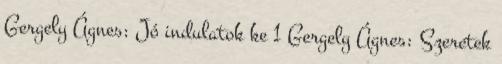
Gergely Ágnes: Jó indulatok ke 1 Gergely Ágnes: Szeretek